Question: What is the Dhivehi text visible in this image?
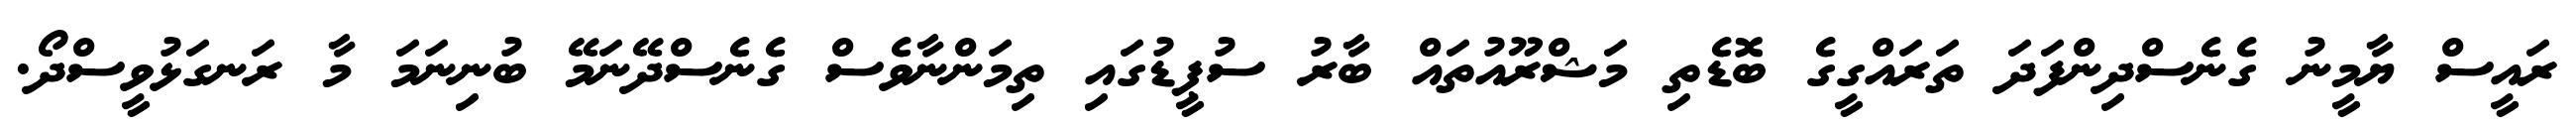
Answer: ރައީސް ޔާމީނު ގެނެސްދިންފަދަ ތަރައްގީގެ ބޮޑެތި މަޝްރޫއުތައް ބާރު ސުޕީޑުގައި ތިމަންނާވެސް ގެނެސްދޭނަމޭ ބުނިނަމަ މާ ރަނގަޅުވީސްދޯ.